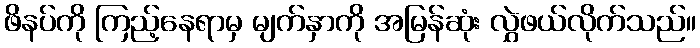
ဖိနပ်ကို ကြည့်နေရာမှ မျက်နှာကို အမြန်ဆုံး လွှဲဖယ်လိုက်သည်။